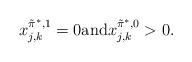
LaTeX: \begin{align*} x_{j,k}^{\tilde\pi^*,1}=0\mbox{and}x_{j,k}^{\tilde\pi^*,0}>0.\end{align*}